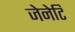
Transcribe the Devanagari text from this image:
जेनेटि